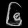
Digit: ၆